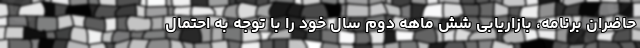
حاضران برنامه، بازاریابی شش ماهه دوم سال خود را با توجه به احتمال